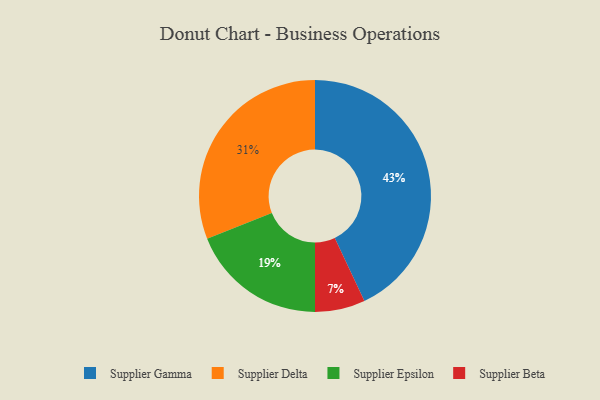
{"axis": {"x": "Category", "y": "Percentage"}, "legend": ["Supplier Beta", "Supplier Delta", "Supplier Epsilon", "Supplier Gamma"], "data": [{"x": "Supplier Beta", "y": 7, "type": "Supplier Beta"}, {"x": "Supplier Gamma", "y": 43, "type": "Supplier Gamma"}, {"x": "Supplier Delta", "y": 31, "type": "Supplier Delta"}, {"x": "Supplier Epsilon", "y": 19, "type": "Supplier Epsilon"}]}